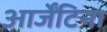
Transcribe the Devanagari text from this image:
आर्जेंटिना